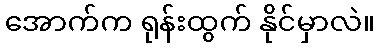
အောက်က ရုန်းထွက် နိုင်မှာလဲ။